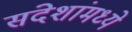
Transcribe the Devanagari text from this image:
संदेशांमध्ये